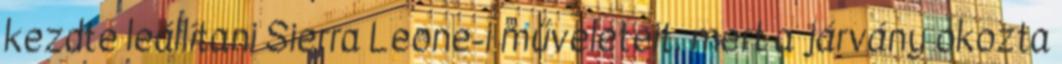
kezdte leállítani Sierra Leone-i műveleteit, mert a járvány okozta